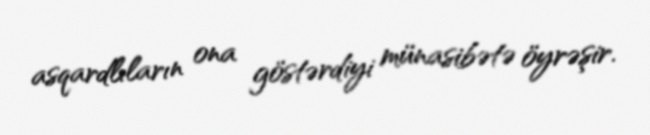
asqardlıların ona göstərdiyi münasibətə öyrəşir.